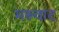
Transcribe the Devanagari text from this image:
मरूवाट